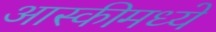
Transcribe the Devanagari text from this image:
आस्कीमध्ये